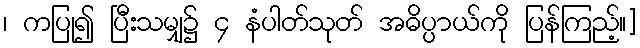
၊ ကပြု၍ ပြီးသမျှ၌ ၄ နံပါတ်သုတ် အဓိပ္ပာယ်ကို ပြန်ကြည့်။]